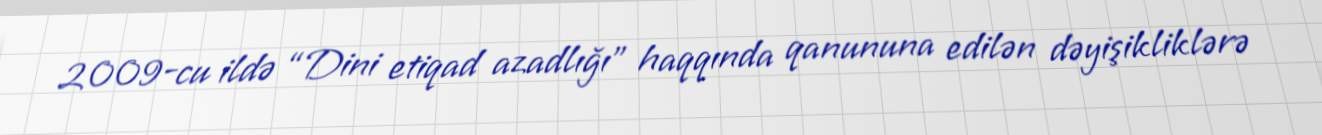
2009-cu ildə “Dini etiqad azadlığı” haqqında qanununa edilən dəyişikliklərə